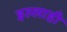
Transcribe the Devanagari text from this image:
इल्लाही